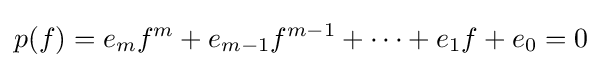
p(f)=e_{m}f^{m}+e_{m-1}f^{m-1}+\cdots +e_{1}f+e_{0}=0